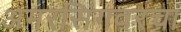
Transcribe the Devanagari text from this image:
अमरसिंगवरचा